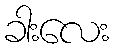
ခါးလေး